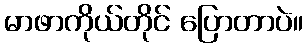
မာဖာကိုယ်တိုင် ပြောတာပဲ။